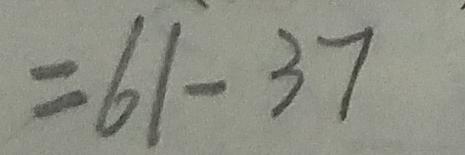
= 6 1 - 3 7